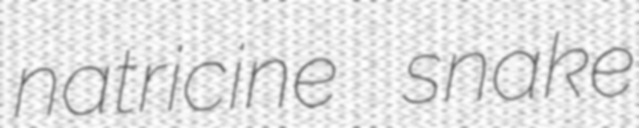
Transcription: natricine snake